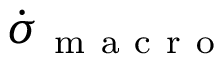
\dot { \sigma } _ { \mathrm { ~ m ~ a ~ c ~ r ~ o ~ } }